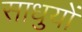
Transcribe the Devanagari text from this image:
साधुयों